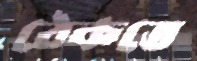
ঠেকতে